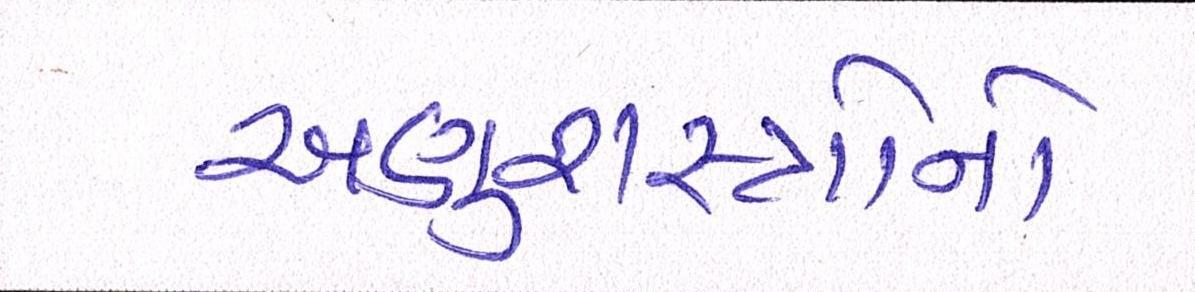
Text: અણુશસ્ત્રોનો